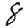
Digit: 8